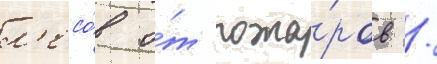
л'есо́в о́т пожа́ров /